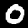
Digit: 0